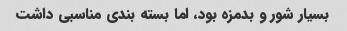
بسیار شور و بدمزه بود، اما بسته بندی مناسبی داشت